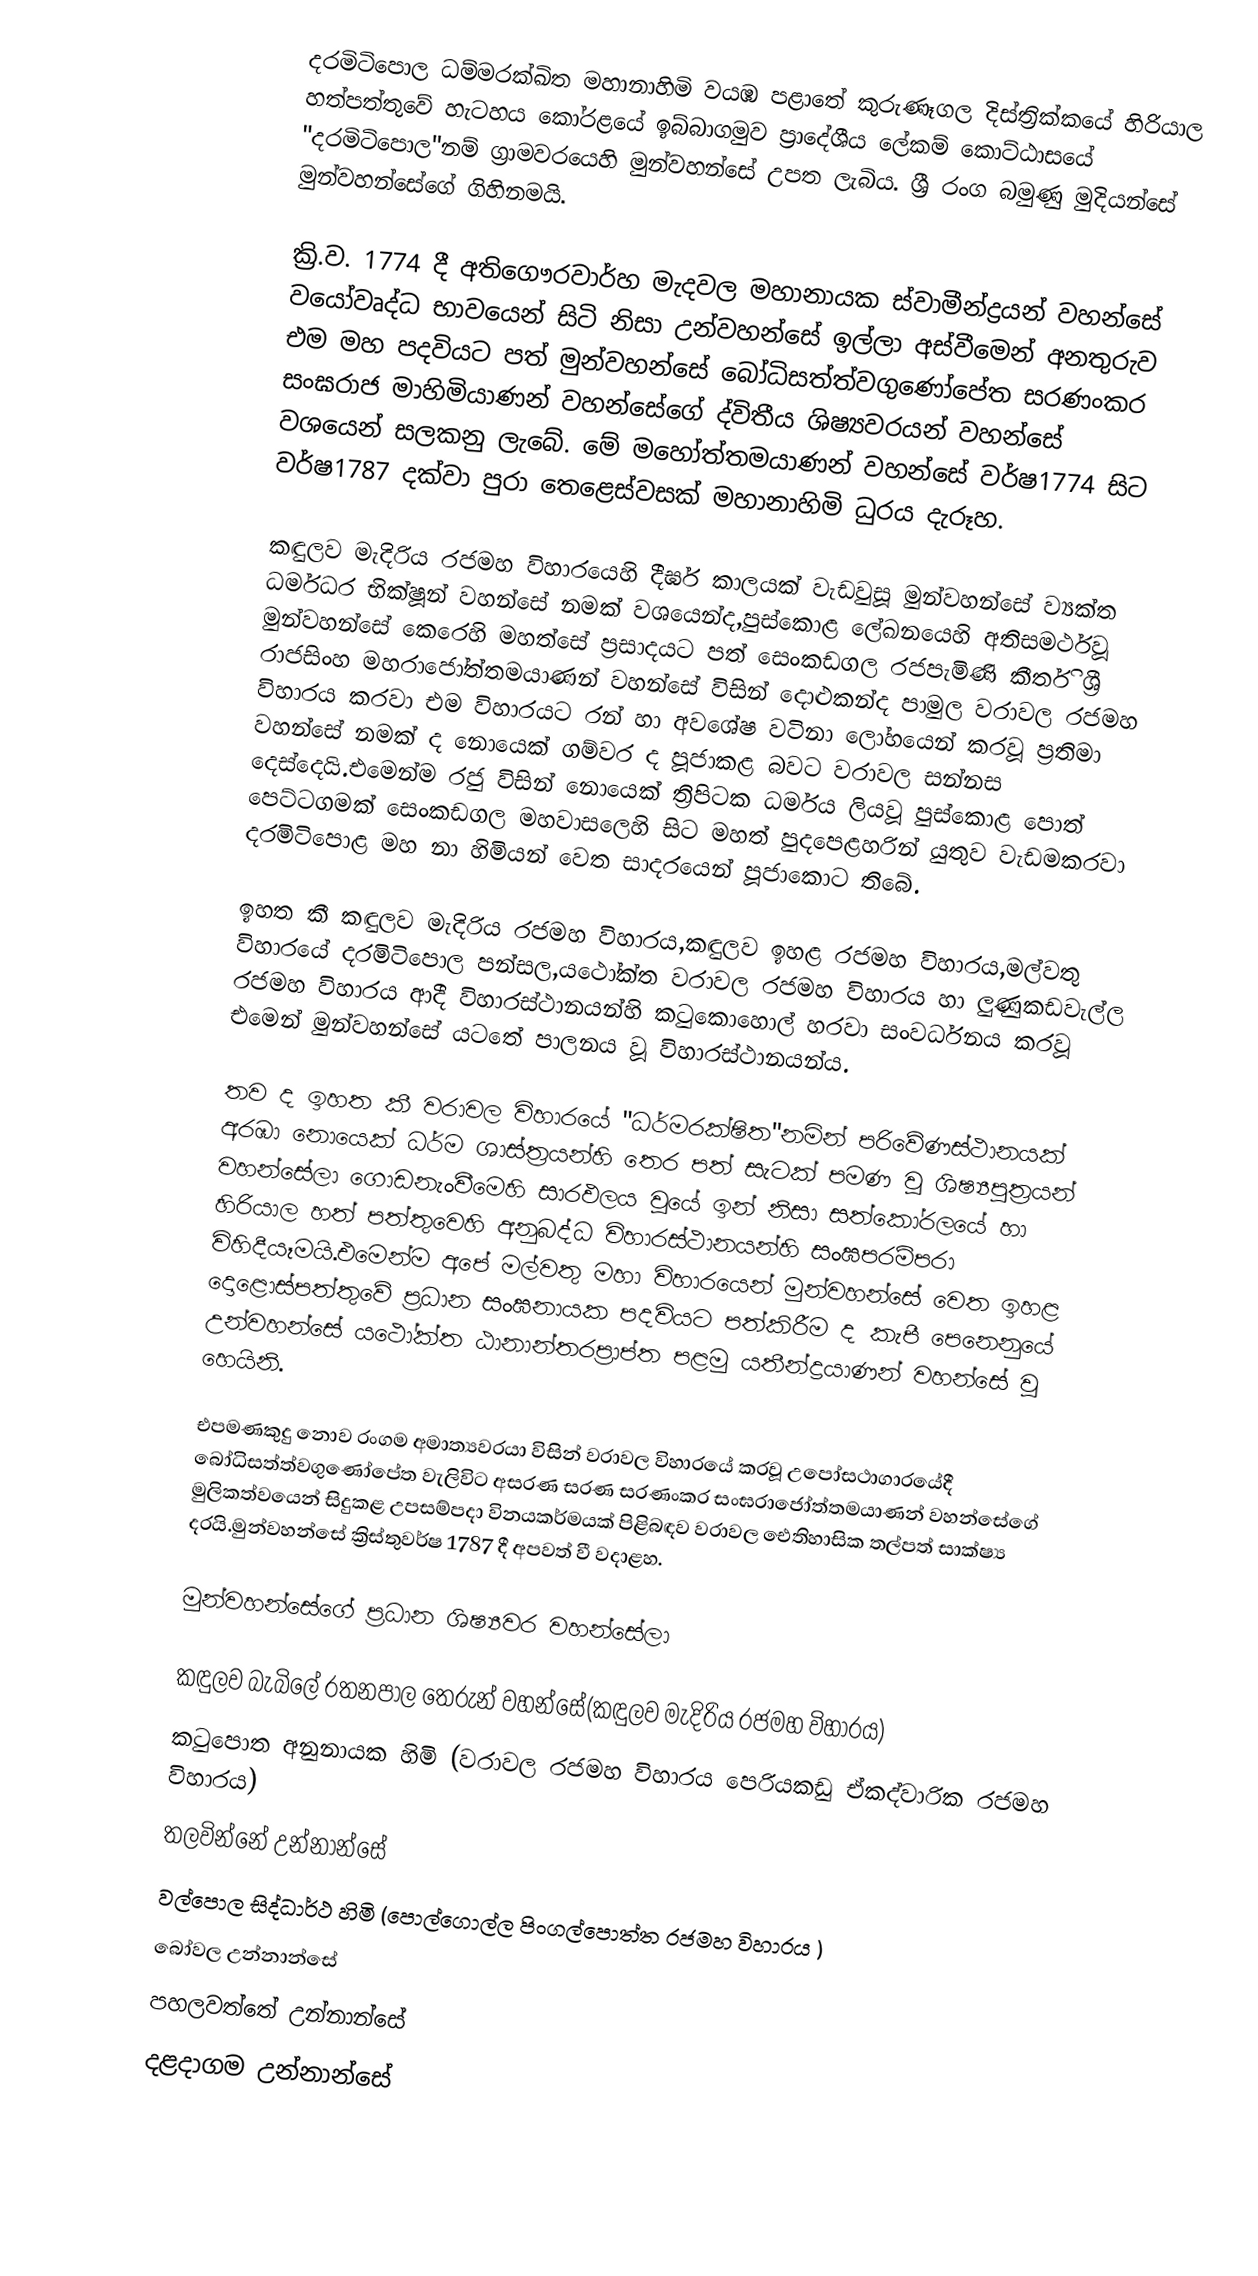
දරමිටිපොල ධම්මරක්ඛිත මහානාහිමි වයඹ පළාතේ  කුරුණෑගල දිස්ත්‍රික්කයේ හිරියාල හත්පත්තුවේ හැටහය කෝරළයේ ඉබ්බාගමුව ප්‍රාදේශීය ලේකම් කොට්ඨාසයේ "දරමිටිපොල"නම් ග්‍රාමවරයෙහි මුන්වහන්සේ උපත ලැබිය.  ශ්‍රී රංග බමුණු මුදියන්සේ මුන්වහන්සේගේ ගිහිනමයි.

ක්‍රි.ව. 1774 දී  අතිගෞරවාර්හ මැදවල මහානායක ස්වාමීන්ද්‍රයන් වහන්සේ වයෝවෘද්ධ භාවයෙන් සිටි නිසා උන්වහන්සේ ඉල්ලා අස්වීමෙන් අනතුරුව එම මහ පදවියට පත් මුන්වහන්සේ බෝධිසත්ත්වගුණෝපේත සරණංකර සංඝරාජ මාහිමියාණන් වහන්සේගේ ද්විතීය ශිෂ්‍යවරයන් වහන්සේ වශයෙන් සලකනු ලැබේ. මේ මහෝත්තමයාණන් වහන්සේ වර්ෂ1774 සිට වර්ෂ1787 දක්වා පුරා තෙළෙස්වසක් මහානාහිමි ධුරය දැරූහ.

කඳුලව මැදිරිය රජමහ විහාරයෙහි දීර්ඝ කාලයක් වැඩවුසූ මුන්වහන්සේ ව්‍යක්ත ධර්මධර භික්ෂූන් වහන්සේ නමක් වශයෙන්ද,පුස්කොළ ලේඛනයෙහි අතිසමර්ථවූ  මුන්වහන්සේ  කෙරෙහි මහත්සේ ප්‍රසාදයට පත් සෙංකඩගල රජපැමිණි කීර්ති ශ්‍රී රාජසිංහ මහරාජෝත්තමයාණන් වහන්සේ විසින් දොළුකන්ද පාමුල වරාවල රජමහ විහාරය කරවා එම විහාරයට රන් හා අවශේෂ වටිනා ලෝහයෙන් කරවූ ප්‍රතිමා වහන්සේ නමක් ද නොයෙක් ගම්වර ද පූජාකළ බවට වරාවල සන්නස දෙස්දෙයි.එමෙන්ම රජු විසින් නොයෙක් ත්‍රිපිටක ධර්මය ලියවූ පුස්කොළ පොත් පෙට්ටගමක් සෙංකඩගල මහවාසලෙහි සිට මහත් පුදපෙළහරින් යුතුව වැඩමකරවා දරමිටිපොළ මහ නා හිමියන් වෙත සාදරයෙන් පූජාකොට තිබේ.

ඉහත කී කඳුලව මැදිරිය රජමහ විහාරය,කඳුලව ඉහළ රජමහ විහාරය,මල්වතු විහාරයේ දරමිටිපොල පන්සල,යථෝක්ත වරාවල රජමහ විහාරය හා ලුණුකඩවැල්ල රජමහ විහාරය ආදී විහාරස්ථානයන්හි කටුකොහොල් හරවා සංවර්ධනය කරවූ එමෙන් මුන්වහන්සේ යටතේ පාලනය වූ විහාරස්ථානයන්ය.

තව ද ඉහත කී වරාවල විහාරයේ "ධර්මරක්ෂිත"නමින් පරිවේණස්ථානයක් අරඹා නොයෙක් ධර්ම ශාස්ත්‍රයන්හි තෙර පත් සැටක් පමණ වූ ශිෂ්‍යපුත්‍රයන් වහන්සේලා ගොඩනැංවීමෙහි සාරඵලය වූයේ ඉන් නිසා සත්කෝරලයේ හා හිරියාල හත් පත්තුවෙහි අනුබද්ධ විහාරස්ථානයන්හි සංඝපරම්පරා විහිදීයෑමයි.එමෙන්ම අපේ මල්වතු මහා විහාරයෙන් මුන්වහන්සේ වෙත ඉහළ දොළොස්පත්තුවේ ප්‍රධාන සංඝනායක පදවියට පත්කිරීම ද කැපී පෙනෙනුයේ උන්වහන්සේ යථෝක්ත ඨානාන්තරප්‍රාප්ත පළමු යතීන්ද්‍රයාණන් වහන්සේ වූ හෙයිනි.

එපමණකුදු නොව රංගම අමාත්‍යවරයා විසින් වරාවල විහාරයේ කරවූ උපෝසථාගාරයේදී බෝධිසත්ත්වගුණෝපේත වැලිවිට අසරණ සරණ සරණංකර සංඝරාජෝත්තමයාණන් වහන්සේගේ මුලිකත්වයෙන් සිදුකළ උපසම්පදා විනයකර්මයක් පිළිබඳව වරාවල ඓතිහාසික තල්පත් සාක්ෂ්‍ය දරයි.මුන්වහන්සේ ක්‍රිස්තුවර්ෂ 1787 දී අපවත් වී වදාළහ.

මුන්වහන්සේගේ ප්‍රධාන ශිෂ්‍යවර වහන්සේලා

කඳුලව බැබිලේ රතනපාල තෙරුන් වහන්සේ(කඳුලව මැදිරිය රජමහ විහාරය)
කටුපොත අනුනායක හිමි (වරාවල රජමහ විහාරය  පෙරියකඩු ඒකද්වාරික රජමහ විහාරය)
තලවින්නේ උන්නාන්සේ
වල්පොල සිද්ධාර්ථ හිමි (පොල්ගොල්ල පිංගල්පොත්ත රජමහ විහාරය )
බෝවල උන්නාන්සේ
පහලවත්තේ උන්නාන්සේ
දළදාගම උන්නාන්සේ